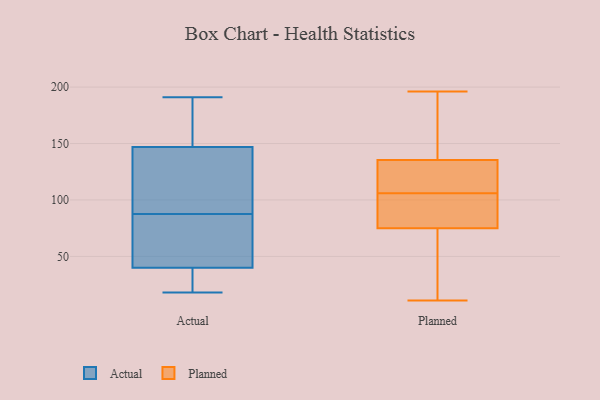
{"axis": {"x": "Population (Million)", "y": "Value"}, "legend": ["Actual", "Planned"], "data": [{"x": "", "y": 161, "type": "Actual"}, {"x": "", "y": 147, "type": "Actual"}, {"x": "", "y": 191, "type": "Actual"}, {"x": "", "y": 146, "type": "Actual"}, {"x": "", "y": 18, "type": "Actual"}, {"x": "", "y": 60, "type": "Actual"}, {"x": "", "y": 34, "type": "Actual"}, {"x": "", "y": 83, "type": "Actual"}, {"x": "", "y": 92, "type": "Actual"}, {"x": "", "y": 57, "type": "Actual"}, {"x": "", "y": 51, "type": "Actual"}, {"x": "", "y": 174, "type": "Actual"}, {"x": "", "y": 185, "type": "Actual"}, {"x": "", "y": 32, "type": "Actual"}, {"x": "", "y": 138, "type": "Actual"}, {"x": "", "y": 40, "type": "Actual"}, {"x": "", "y": 121, "type": "Actual"}, {"x": "", "y": 33, "type": "Actual"}, {"x": "", "y": 170, "type": "Planned"}, {"x": "", "y": 161, "type": "Planned"}, {"x": "", "y": 106, "type": "Planned"}, {"x": "", "y": 36, "type": "Planned"}, {"x": "", "y": 127, "type": "Planned"}, {"x": "", "y": 102, "type": "Planned"}, {"x": "", "y": 109, "type": "Planned"}, {"x": "", "y": 11, "type": "Planned"}, {"x": "", "y": 88, "type": "Planned"}, {"x": "", "y": 109, "type": "Planned"}, {"x": "", "y": 89, "type": "Planned"}, {"x": "", "y": 11, "type": "Planned"}, {"x": "", "y": 196, "type": "Planned"}]}